65_HS1-834228961_62-HQ-83894_Serial_164
Agency: FBI
Page 52
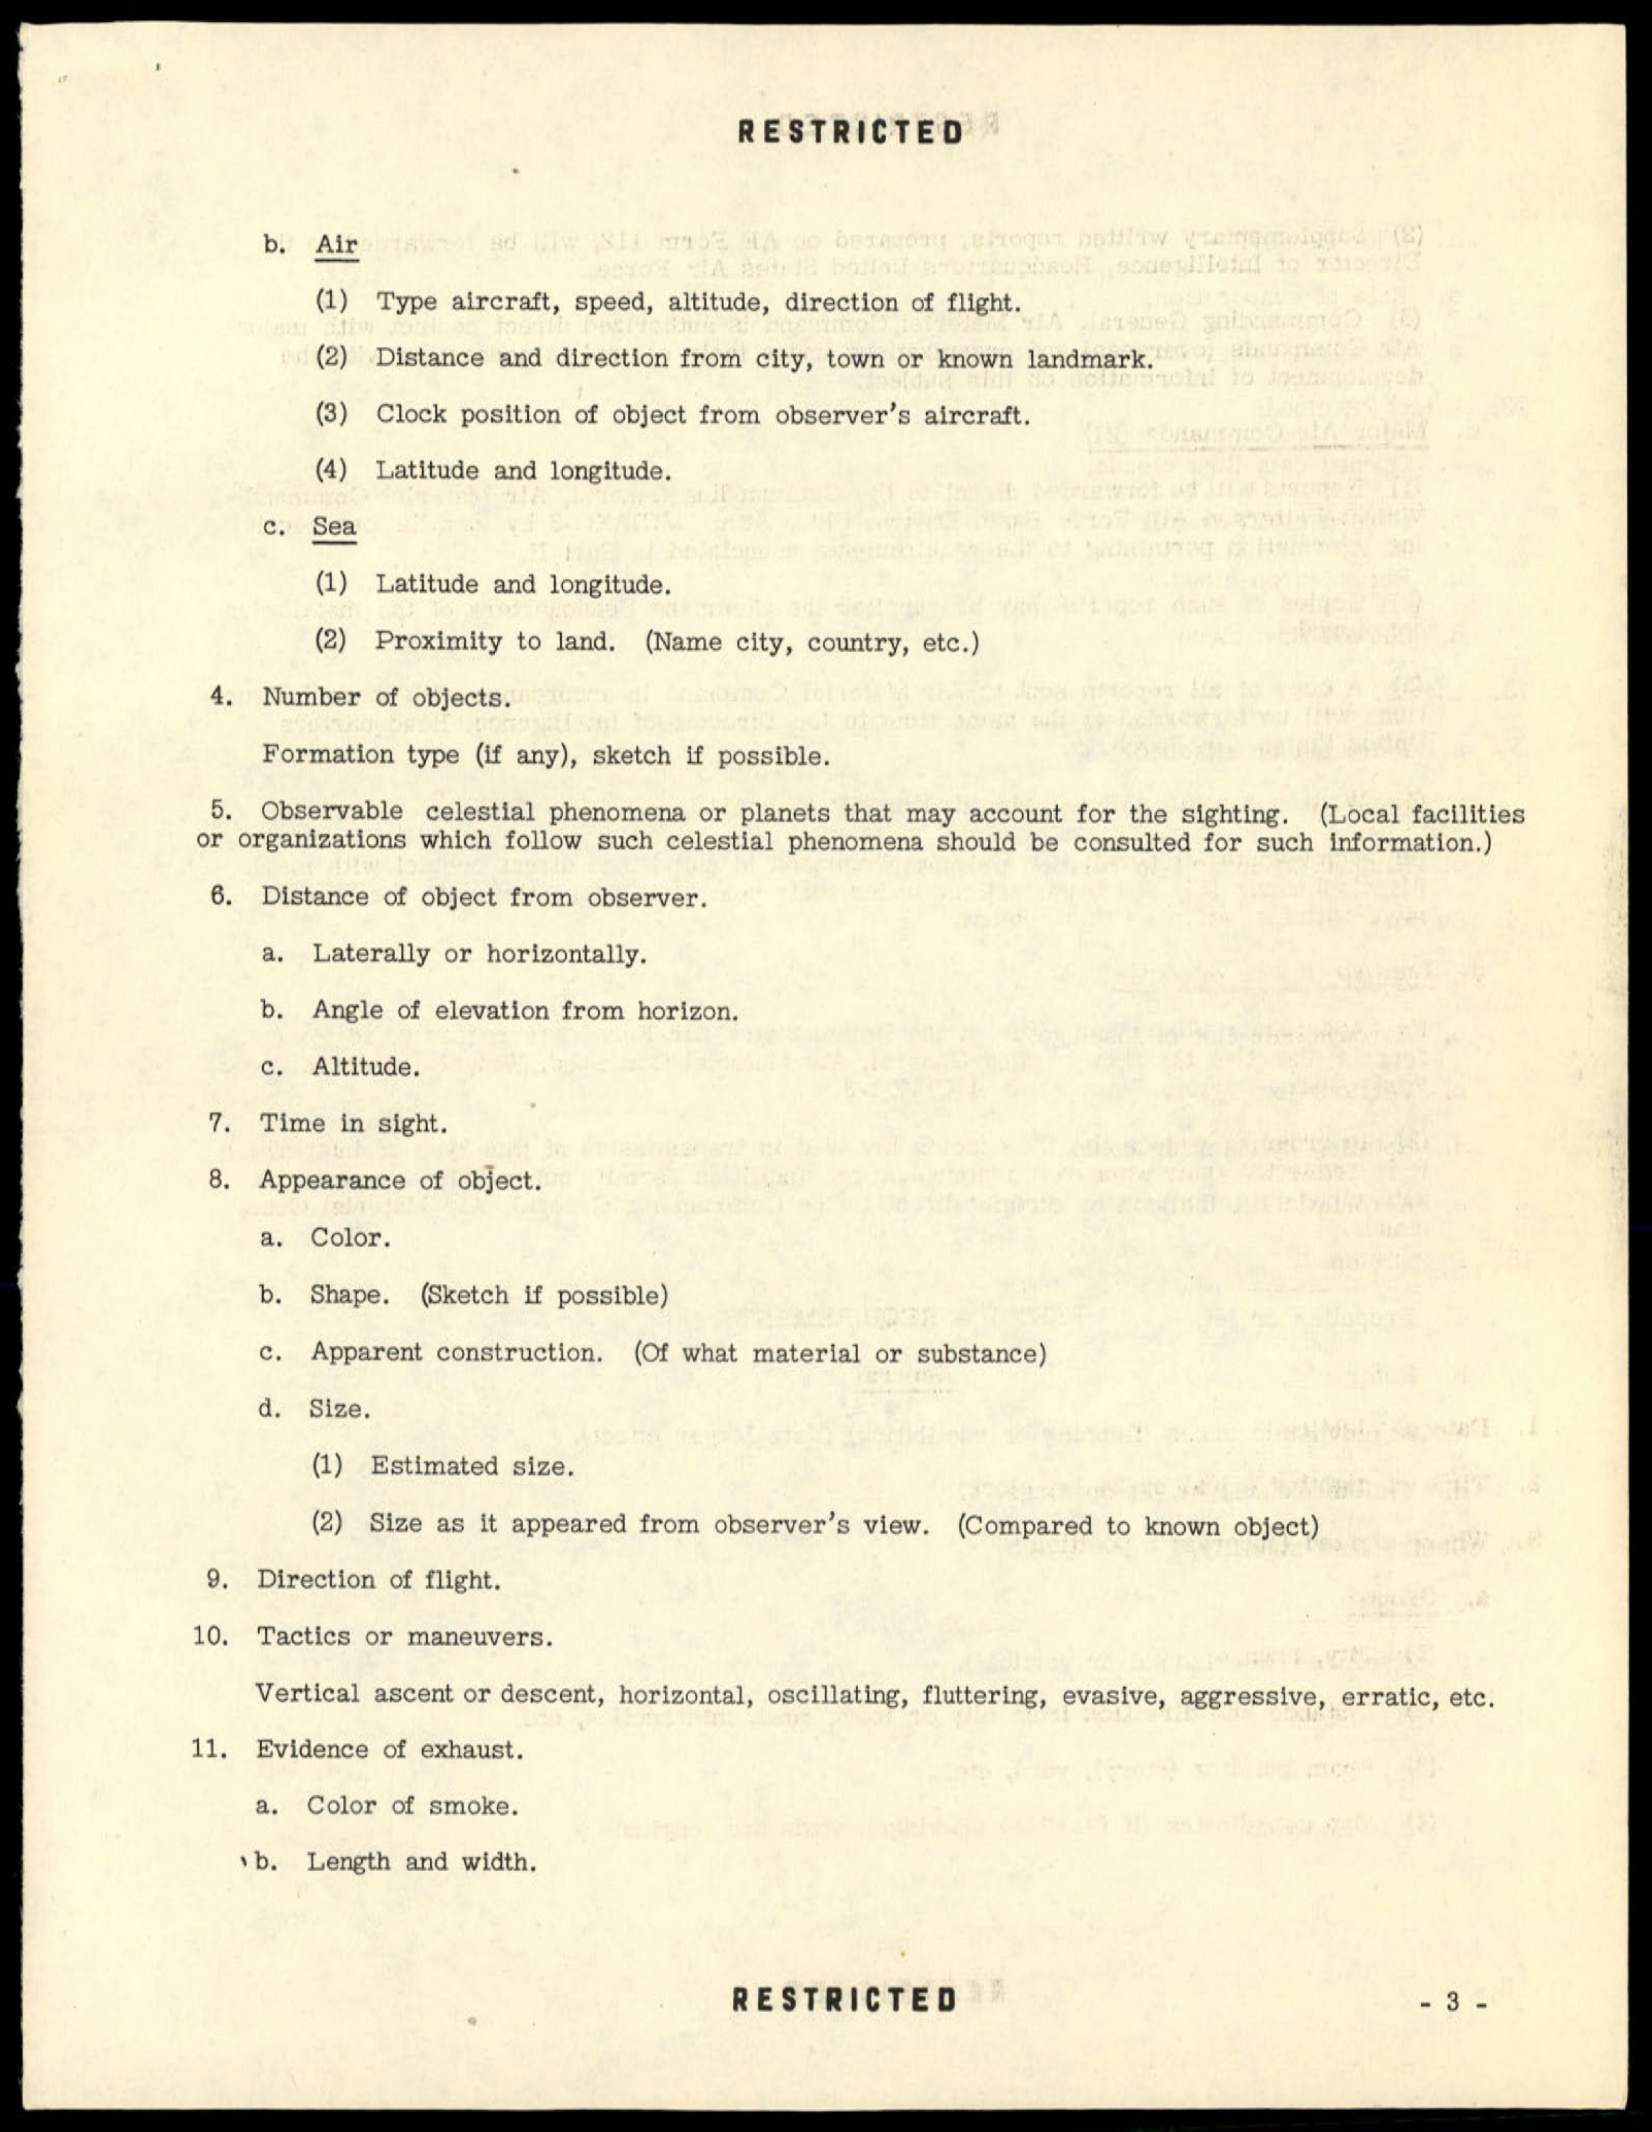